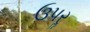
ઉપરૢ